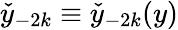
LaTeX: \check{y}_{-2k}\equiv\check{y}_{-2k}(y)